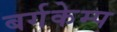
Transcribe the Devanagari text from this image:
बर्गकेम्प